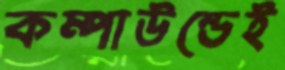
কম্পাউন্ডেই